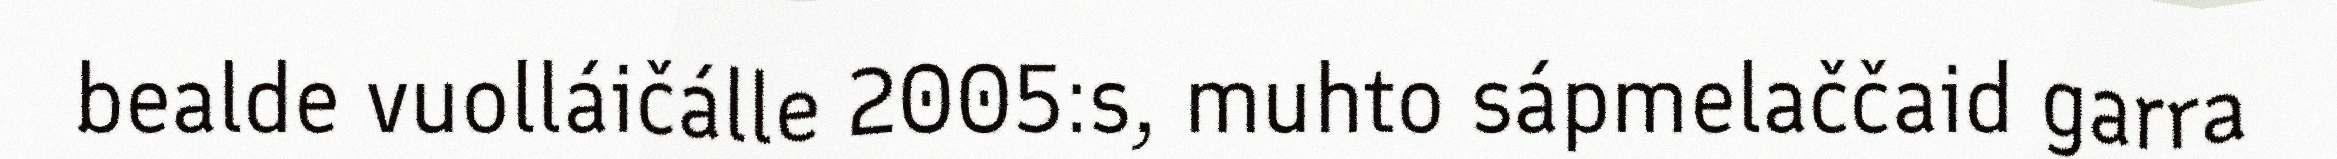
bealde vuolláičálle 2005:s, muhto sápmelaččaid garra